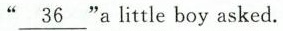
“\underline{36”}a little boy asked.